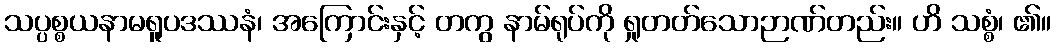
သပ္ပစ္စယနာမရူပဒဿနံ၊ အကြောင်းနှင့် တကွ နာမ်ရုပ်ကို ရှုတတ်သောဉာဏ်တည်း။ ဟိ သစ္စံ၊ ၏။